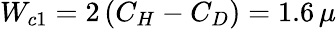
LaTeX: W_{c1}=2\left(C_{H}-C_{D}\right)=1.6\, \mu